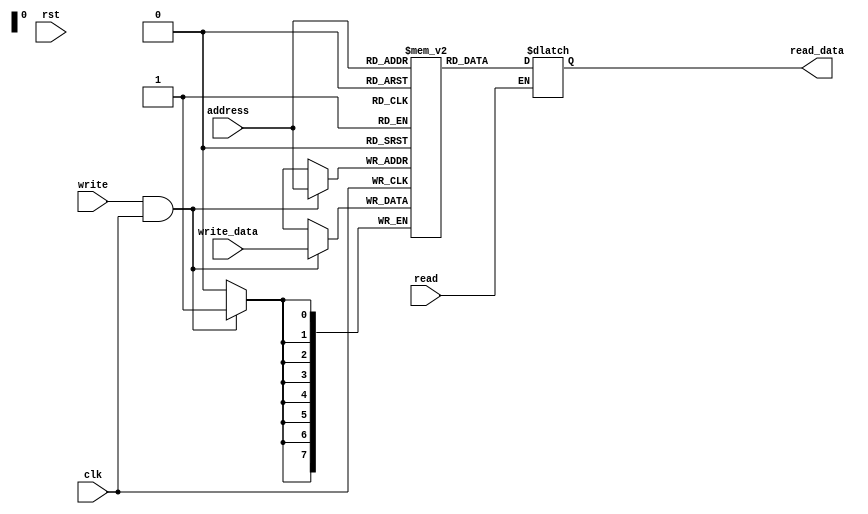
`timescale 1ns/1ns
module DataMemory(input rst, input[7:0] address, input[7:0] write_data, input read, input write, clk, output reg[7:0] read_data);

  reg[7:0] data[255:0];

  initial begin
    data[100] = 8'b10000001;
    data[101] = 8'b01111111;
    data[102] = 8'b10000001;
    data[103] = 8'b10000000;
  end

  always @(posedge clk) begin
    if(write & clk)
      data[address] <= write_data;
  end

  always @(address, read, write) begin
    if(read == 1) read_data = data[address];
  end

  integer i;
  initial begin
    for(i = 0; i < 6; i = i + 1) begin: loop
      $dumpvars(0, data[100+i]);
    end
  end

endmodule